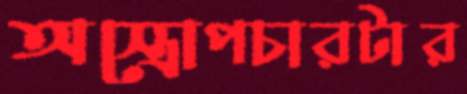
অস্ত্রোপচারটার